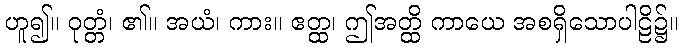
ဟူ၍။ ဝုတ္တံ၊ ၏။ အယံ၊ ကား။ ဧတ္ထ၊ ဤအတ္ထိ ကာယေ အစရှိသောပါဠိ၌။